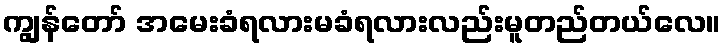
ကျွန်တော် အမေးခံရလားမခံရလားလည်းမူတည်တယ်လေ။